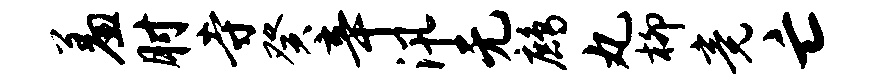
羞肘寺癸辛汛无鹧丸柳竟亡